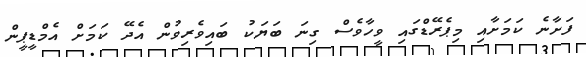
ފަށާނެ ކަމަށާއި މިޕެރޭޑްގައި ވީހާވެސް ގިނަ ބަޔަކު ބައިވެރިވުން އެދޭ ކަމަށް އެމްޑީޕީން